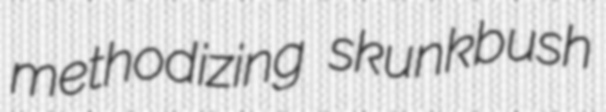
methodizing skunkbush